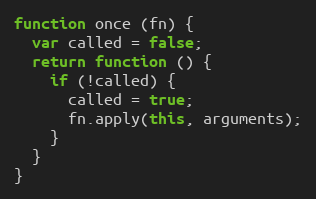
Language: JavaScript
function once (fn) {
  var called = false;
  return function () {
    if (!called) {
      called = true;
      fn.apply(this, arguments);
    }
  }
}